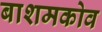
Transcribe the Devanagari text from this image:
बाशमकोव